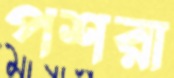
পশরা